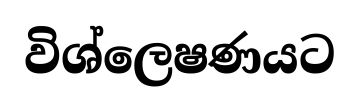
විශ්ලෙෂණයට